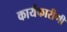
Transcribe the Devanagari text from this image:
कार्यकारीणी